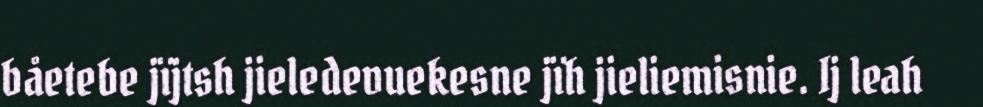
båetebe jïjtsh jieledevuekesne jïh jieliemisnie. Ij leah